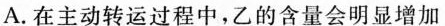
A.在主动转运过程中，乙的含量会明显增加